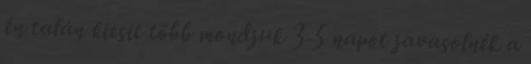
én talán kicsit több mondjuk 3-5 napot javasolnék a